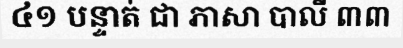
៤១ បន្ទាត់ ជា ភាសា បាលី ៣៣